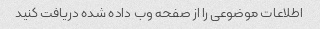
اطلاعات موضوعی را از صفحه وب داده شده دریافت کنید